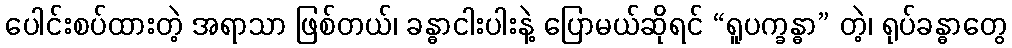
ပေါင်းစပ်ထားတဲ့ အရာသာ ဖြစ်တယ်၊ ခန္ဓာငါးပါးနဲ့ ပြောမယ်ဆိုရင် “ရူပက္ခန္ဓာ” တဲ့၊ ရုပ်ခန္ဓာတွေ